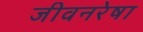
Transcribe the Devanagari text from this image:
जीवनरेषा